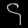
Digit: ၄